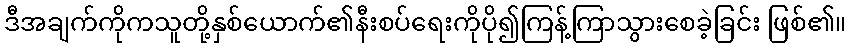
ဒီအချက်ကိုကသူတို့နှစ်ယောက်၏နီးစပ်ရေးကိုပို၍ကြန့်ကြာသွားစေခဲ့ခြင်း ဖြစ်၏။